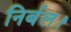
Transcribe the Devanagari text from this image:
निर्बल।